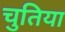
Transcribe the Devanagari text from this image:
चुतिया